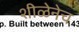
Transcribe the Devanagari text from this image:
शीळेनेच